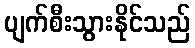
ပျက်စီးသွားနိုင်သည်